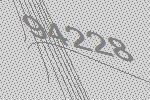
94228